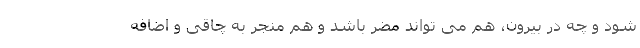
شود و چه در بیرون، هم می تواند مضر باشد و هم منجر به چاقی و اضافه